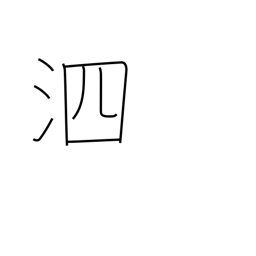
Meaning: snivel